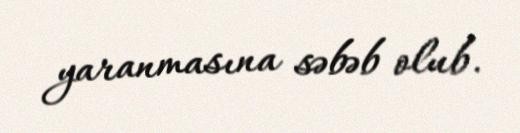
yaranmasına səbəb olub.